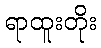
ရာထူးတိုး